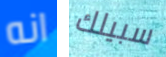
انه سبيلك